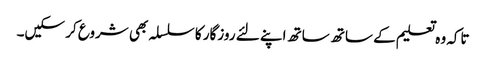
تاکہ وہ تعلیم کے ساتھ ساتھ اپنے لئے روزگار کا سلسلہ بھی شروع کر سکیں۔